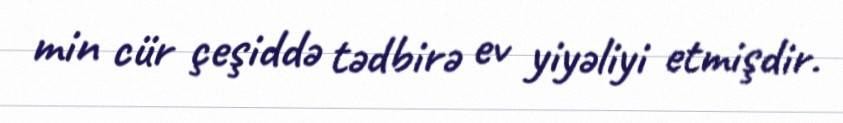
min cür çeşiddə tədbirə ev yiyəliyi etmişdir.